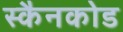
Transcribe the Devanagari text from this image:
स्कैनकोड